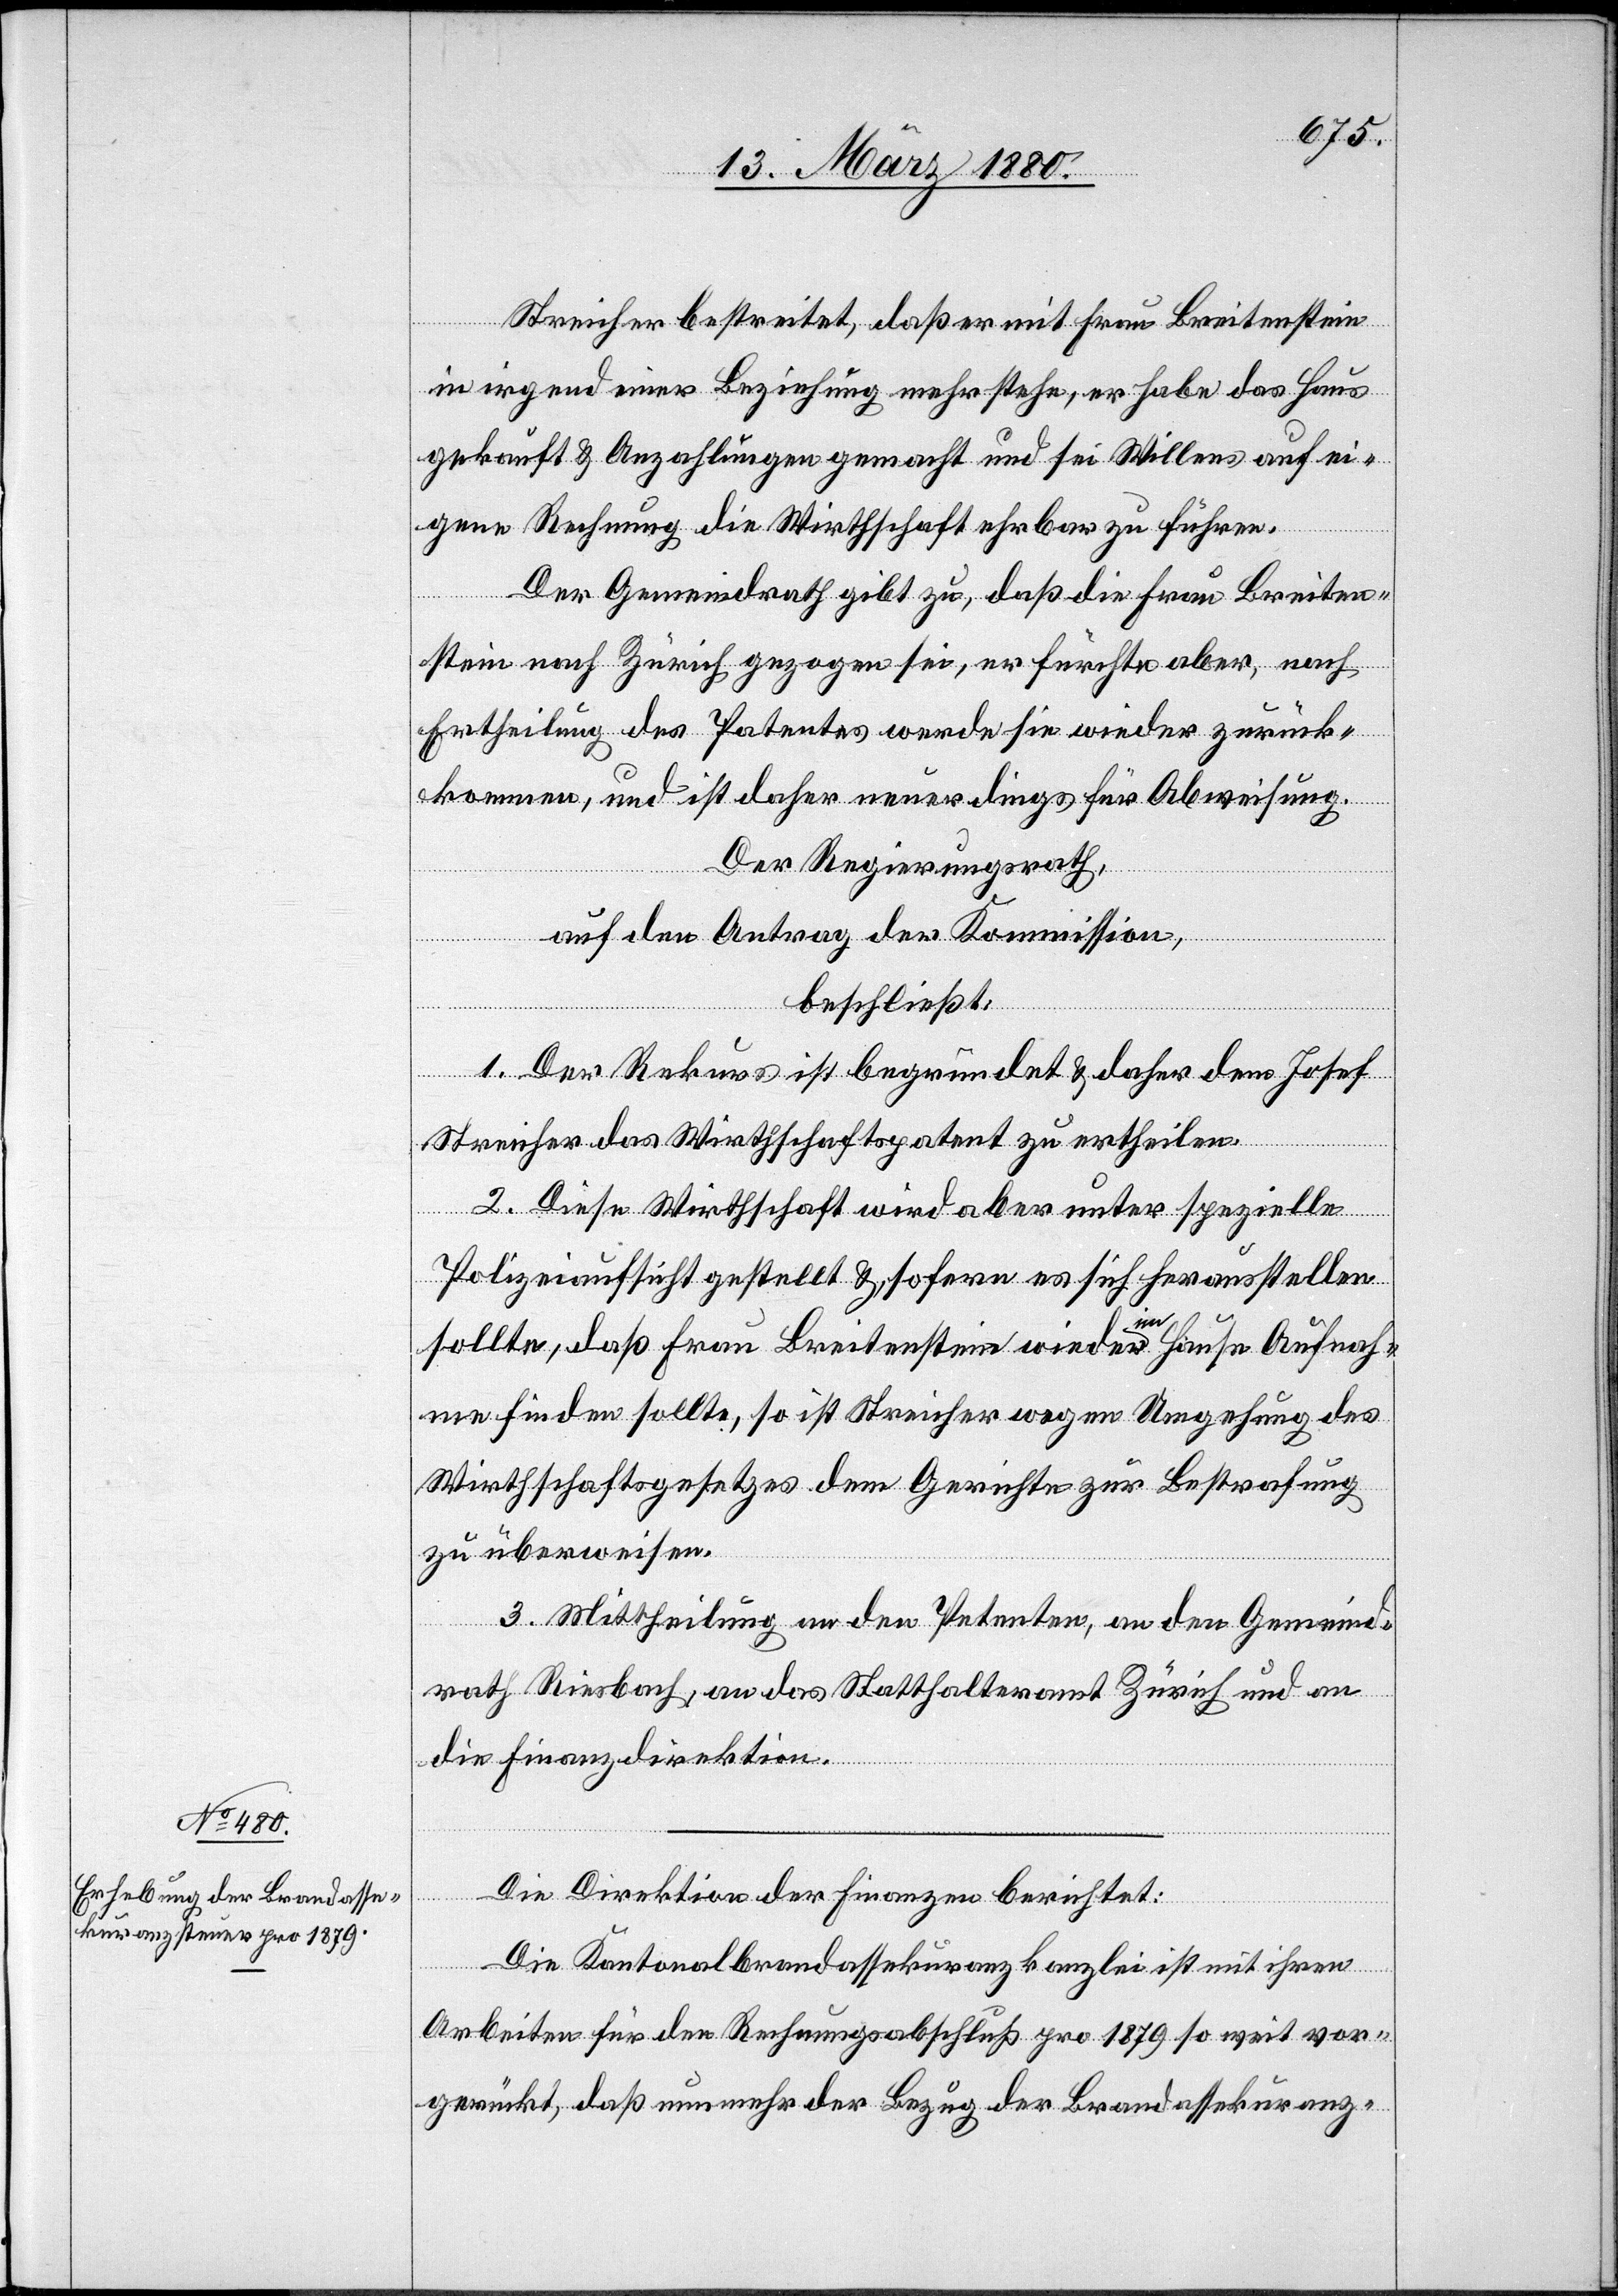
Streicher bestreitet, daß er mit Frau Breitenstein
in irgend einer Beziehung mehr stehe, er habe das Haus
gekauft & Anzahlungen gemacht und sei Willens auf ei¬
gene Rechnung die Wirthschaft ehrbar zu führen.
Der Gemeindrath gibt zu, daß die Frau Breiten¬
stein nach Zürich gezogen sei, er fürchte aber, nach
Ertheilung des Pantentes werde sie wieder zurück¬
kommen, und ist daher neuerdings für Abweisung.
Der Regierungsrath,
auf den Antrag der Kommission,
beschließt:
1. Der Rekurs ist begründet & daher dem Josef
Streicher das Wirthschaftspatent zu ertheilen.
2 Diese Wirthschaft wird aber unter spezielle
Polizeiaufsicht gestellt & sofern es sich herausstellen
sollte, daß Frau Breitenstein wieder im Hause Aufnah¬
me finden sollte, so ist Streicher wegen Umgehung des
Wirthschaftsgesetzes dem Gerichte zur Bestrafung
zu überweisen.
3. Mittheilung an den Petenten, an den Gemeind¬
rath Riesbach, an das Statthalteramt Zürich und an
die Finanzdirektion.
Die Direktion der Finanzen berichtet:
Die Kantonalbrandassekuranzkanzlei ist mit ihren
Arbeiten für den Rechnungsabschluß pro 1879 so weit vor¬
gerückt, daß nunmehr der Bezug der Brandassekuranz-